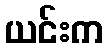
ယင်းက